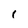
Character: 1